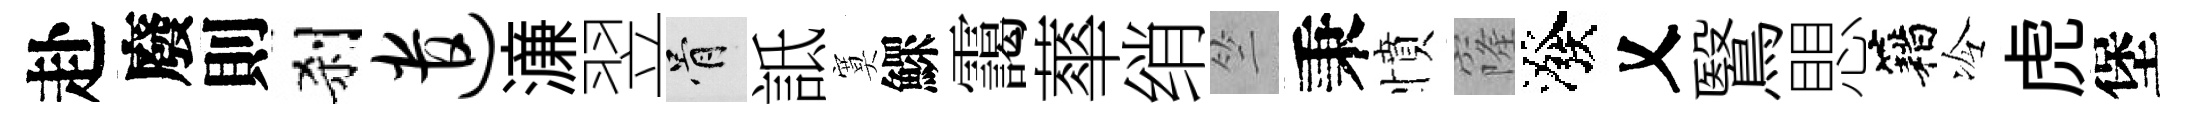
赴廢則刹遣濓翌骨詆寞鰥靄蕐绡竺秉憤窿潑乂鷖愳籍冷虎堡